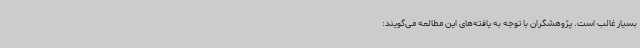
بسیار غالب است. پژوهشگران با توجه به یافته‌های این مطالعه می‌گویند: